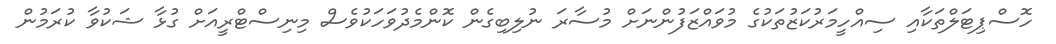
ހޮސްޕިޓަލްތަކާއި ސިއްހީމަރުކަޒުތަކުގެ މުވައްޒަފުންނަށް މުސާރަ ނުލިބިގެން ކޮންމެދުވަހަކުވެސް މިނިސްޓްރީއަށް ގުޅާ ޝަކުވާ ކުރަމުން